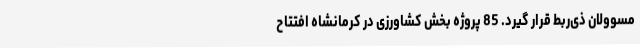
مسوولان ذی‌ربط قرار گیرد. 85 پروژه بخش کشاورزی در کرمانشاه افتتاح